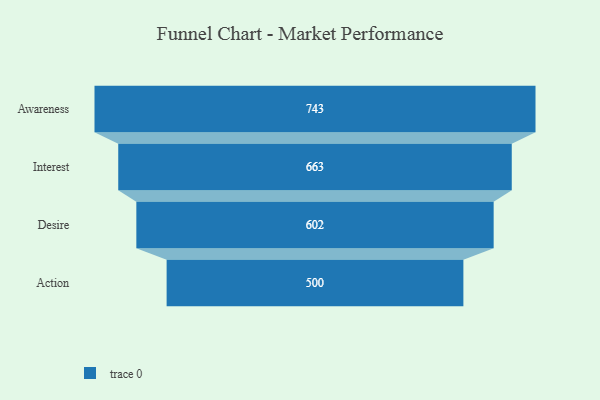
{"axis": {"x": "Stage", "y": "Value"}, "legend": [""], "data": [{"x": "Awareness", "y": 743.0, "type": ""}, {"x": "Interest", "y": 663.0, "type": ""}, {"x": "Desire", "y": 602.0, "type": ""}, {"x": "Action", "y": 500, "type": ""}]}